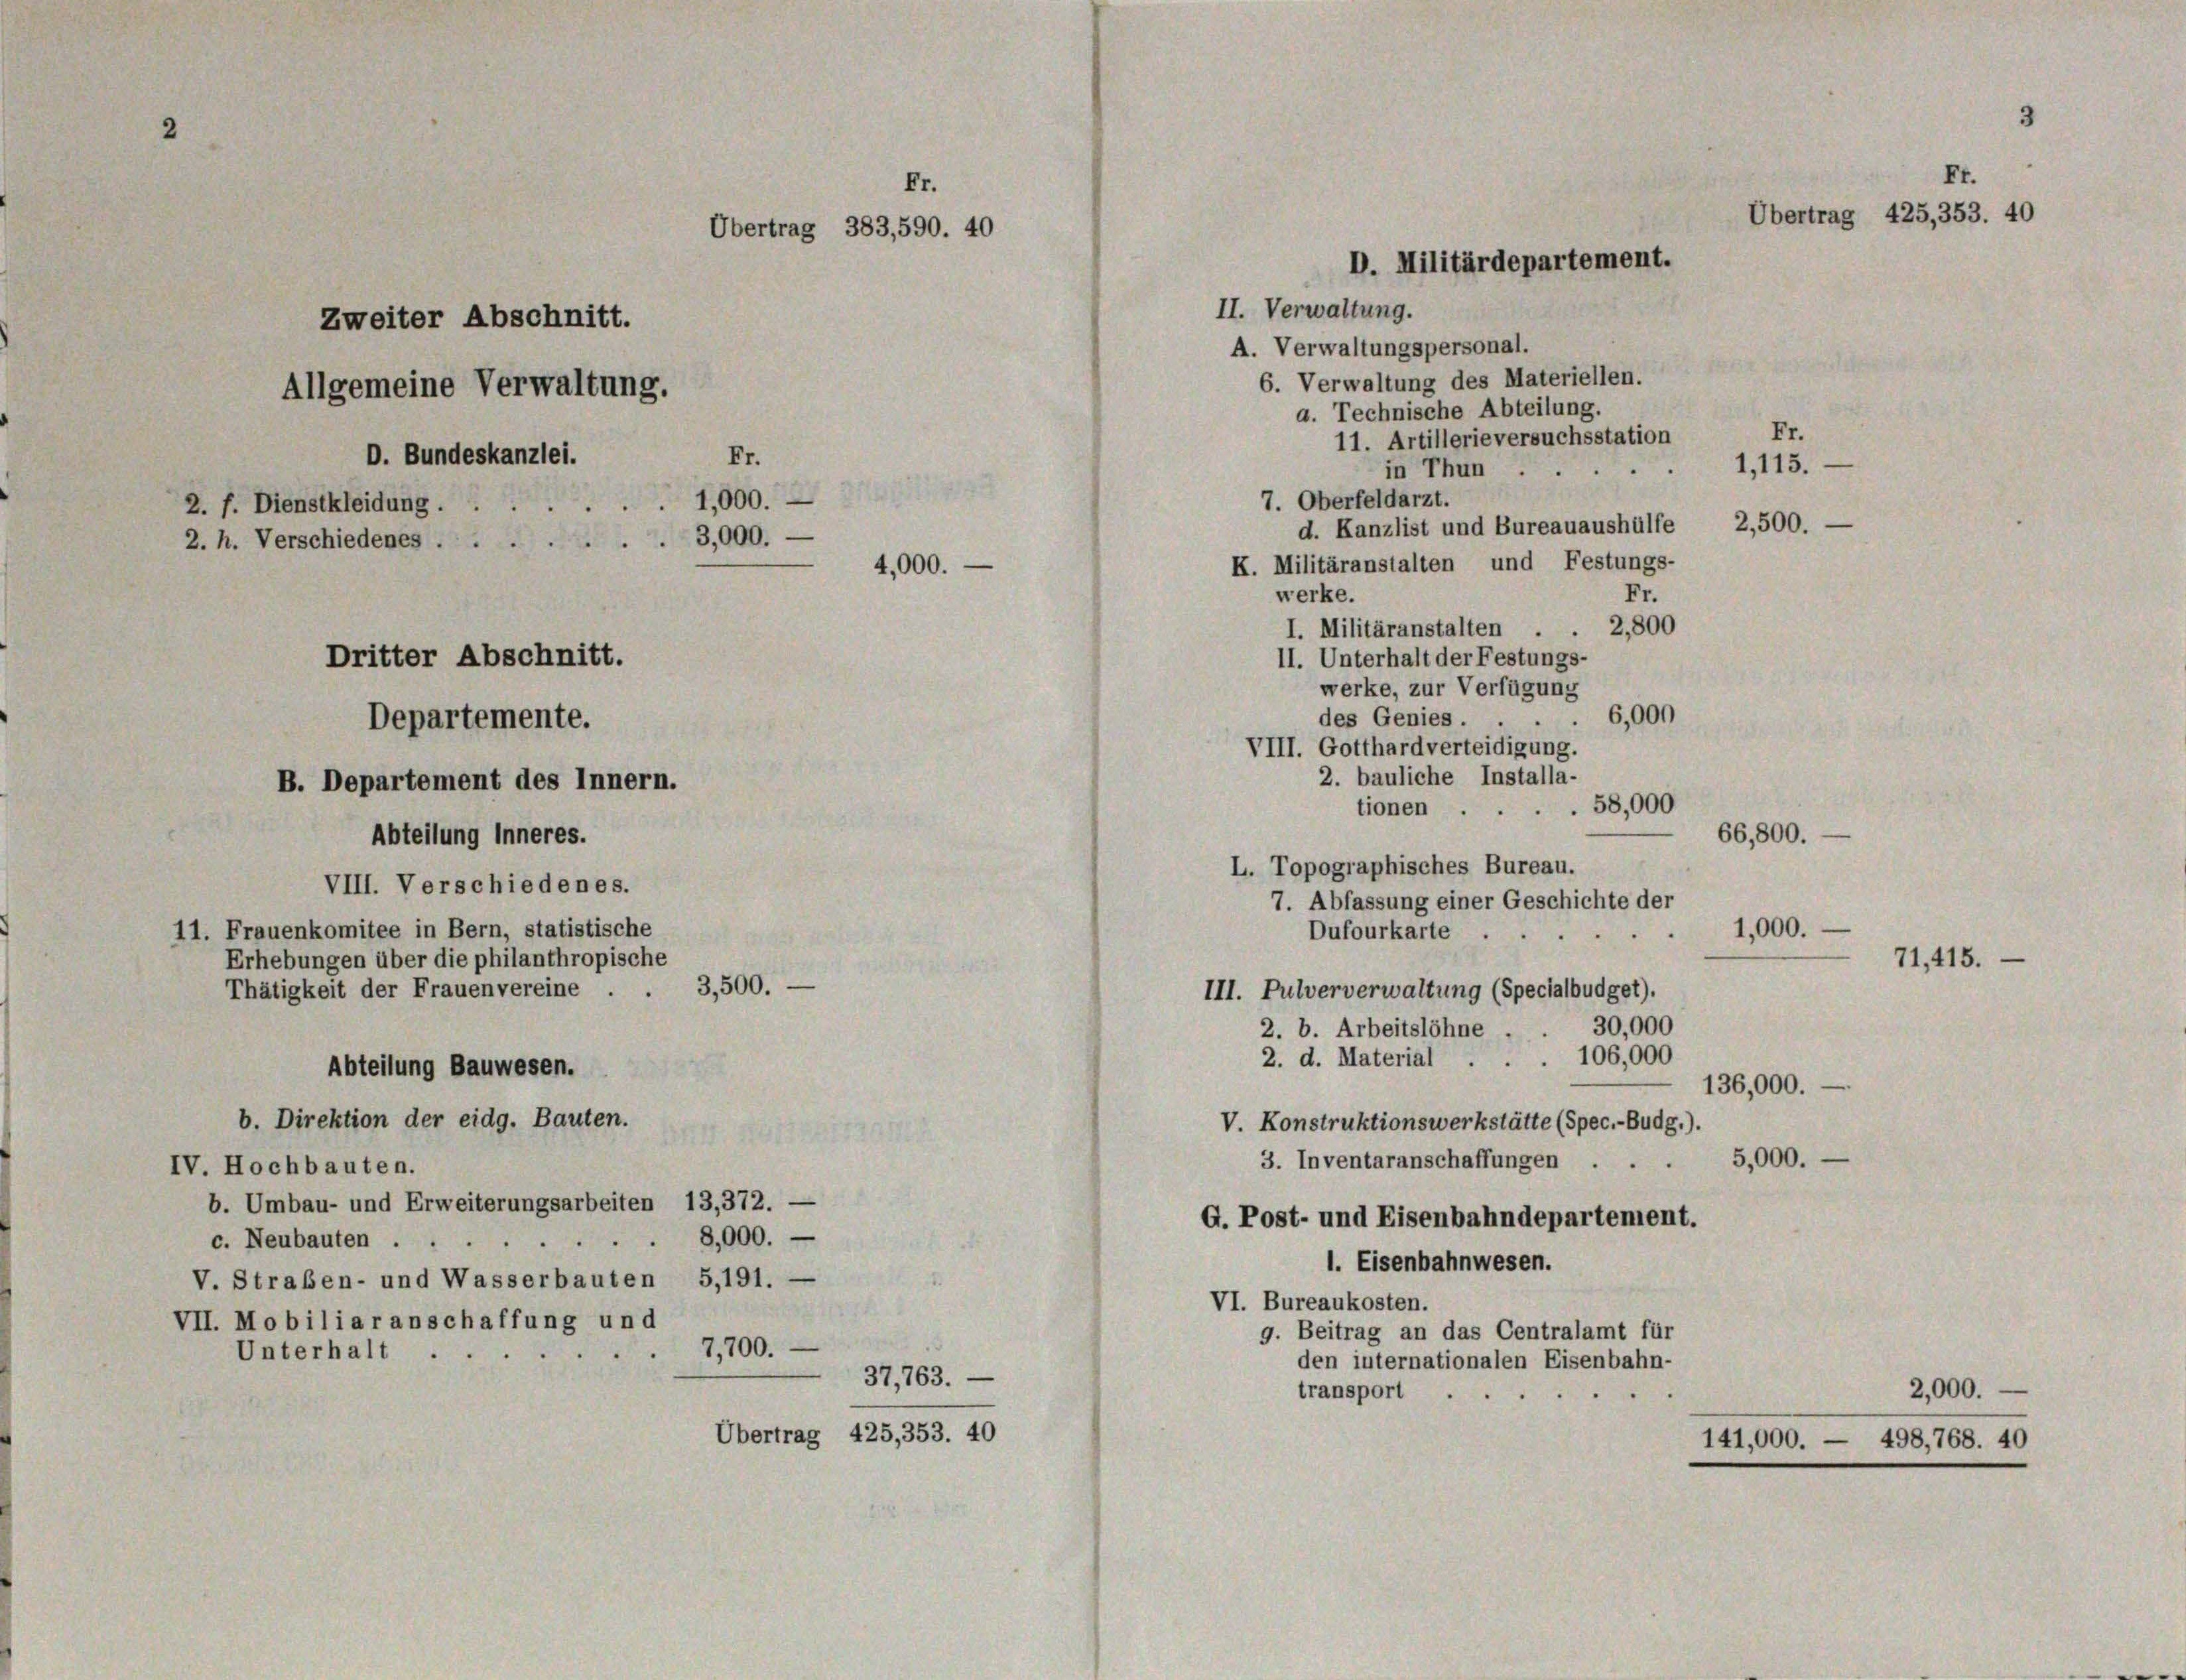
Er
Übertrag 383,590. 40
Zweiter Abschnitt.
Allgemeine Verwaltung.
D. Bundeskanzlei.
Fr.
1,000.
2. f. Dienstkleidung.
3,000.
2. h. Verschiedenes
.
4,000.
Dritter Abschnitt.
Departemente.
B. Departement des Innern.
Abteilung inneres.

VIII. Verschiedenes.

11. Frauenkomitee in Bern, statistische

b. Direktion der eidg. Bauten.

Erhebungen über die philanthropische
Thätigkeit der Frauenvereine . . 3,500.
Abteilung Bauwesen.
IV. Hochbauten.
b. Umbau- und Erweiterungsarbeiten 13,372. -
8,000.
c. Neubauten .
V. Straßen- und Wasserbauten 5,191. —
VII. Mobiliar anschaffung und
7,700.
Unterhalt .
Übertrag 425,353. 40

37,763. —

II. Verwaltung.
A. Verwaltungspersonal.
6. Verwaltung des Materiellen.
a. Technische Abteilung.
Fr.
11. Artillerieversuchsstation
1,115.
in Thun.
7. Oberfeldarzt.
d. Kanzlist und Bureauaushülfe 2,500.
K. Militäranstalten und Festungs-
werke.
Fr.
I. Militäranstalten . . 2800
II. Unterhalt der Festungs-
werke, zur Verfügung
6,000
des Genies.
VIII. Gotthardverteidigung.
2. bauliche Installa-
58,000
tionen
66,800.
L. Topographisches Bureau.
7. Abfassung einer Geschichte der
1,000.
Dufourkarte
III. Pulververwaltung (Specialbüdget).
30,000
2. b. Arbeitslöhne.
2. d. Material . . . 106,000
136,000.
V. Konstruktionswerkstätte (Spec.-Budg.).
5,000.
3. Inventaranschaffungen ...
G. Post- und Eisenbahndepartement.
1. Eisenbahnwesen.
VI. Bureaukosten.
g. Beitrag an das Centralamt für
den internationalen Eisenbahn-
transport
141,000. — 498,768. 40

Fr.
Übertrag 425,353. 40
D. Militärdepartement.

2,000.

71, 415.